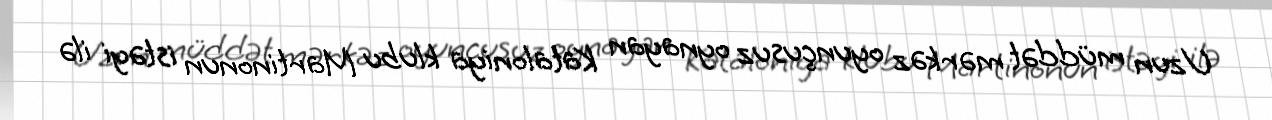
Uzun müddət mərkəz oyunçusuz oynayan Kataloniya klubu Martinonun istəyi ilə